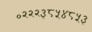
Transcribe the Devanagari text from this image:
०२२२३८५४८५३